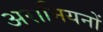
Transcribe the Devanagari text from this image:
अरामियनों